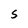
Character: S